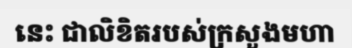
នេះ ជាលិខិតរបស់ក្រសួងមហា